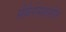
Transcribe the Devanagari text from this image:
सैकैरोमाइसीज